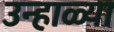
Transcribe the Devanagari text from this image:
उन्हाळ्या